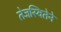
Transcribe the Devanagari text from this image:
तेजस्वितेने